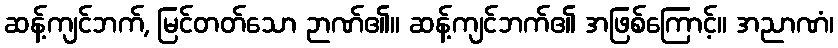
ဆန့်ကျင်ဘက်, မြင်တတ်သော ဉာဏ်၏။ ဆန့်ကျင်ဘက်၏ အဖြစ်ကြောင့်။ အညာဏံ၊